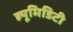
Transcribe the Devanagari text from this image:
ह्यूमिडिटी